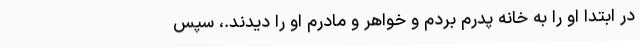
در ابتدا او را به خانه پدرم بردم و خواهر و مادرم او را دیدند.، سپس